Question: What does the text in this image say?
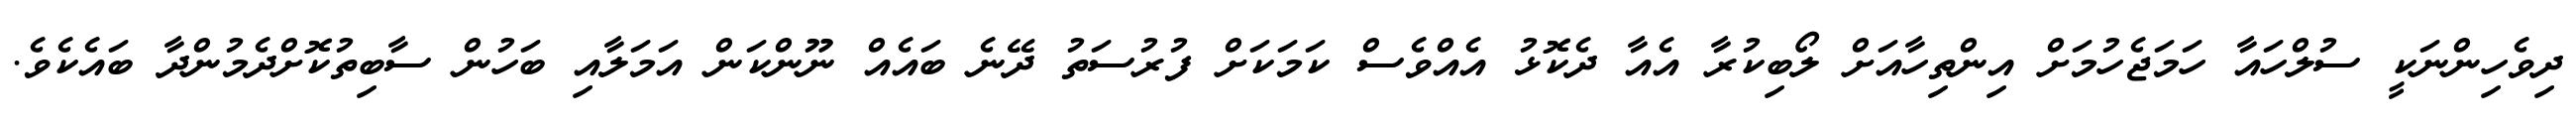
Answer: ދިވެހިންނަކީ ސުލްހައާ ހަމަޖެހުމަށް އިންތިހާއަށް ލޯބިކުރާ އެއާ ދެކޮޅު އެއްވެސް ކަމަކަށް ފުރުސަތު ދޭނެ ބައެއް ނޫންކަން އަމަލާއި ބަހުން ސާބިތުކޮށްދެމުންދާ ބައެކެވެ.